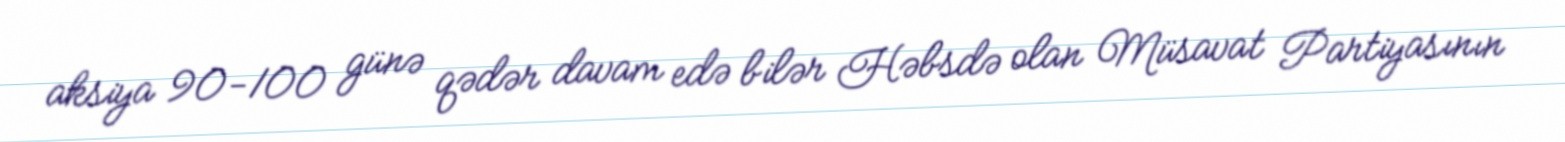
aksiya 90-100 günə qədər davam edə bilər Həbsdə olan Müsavat Partiyasının